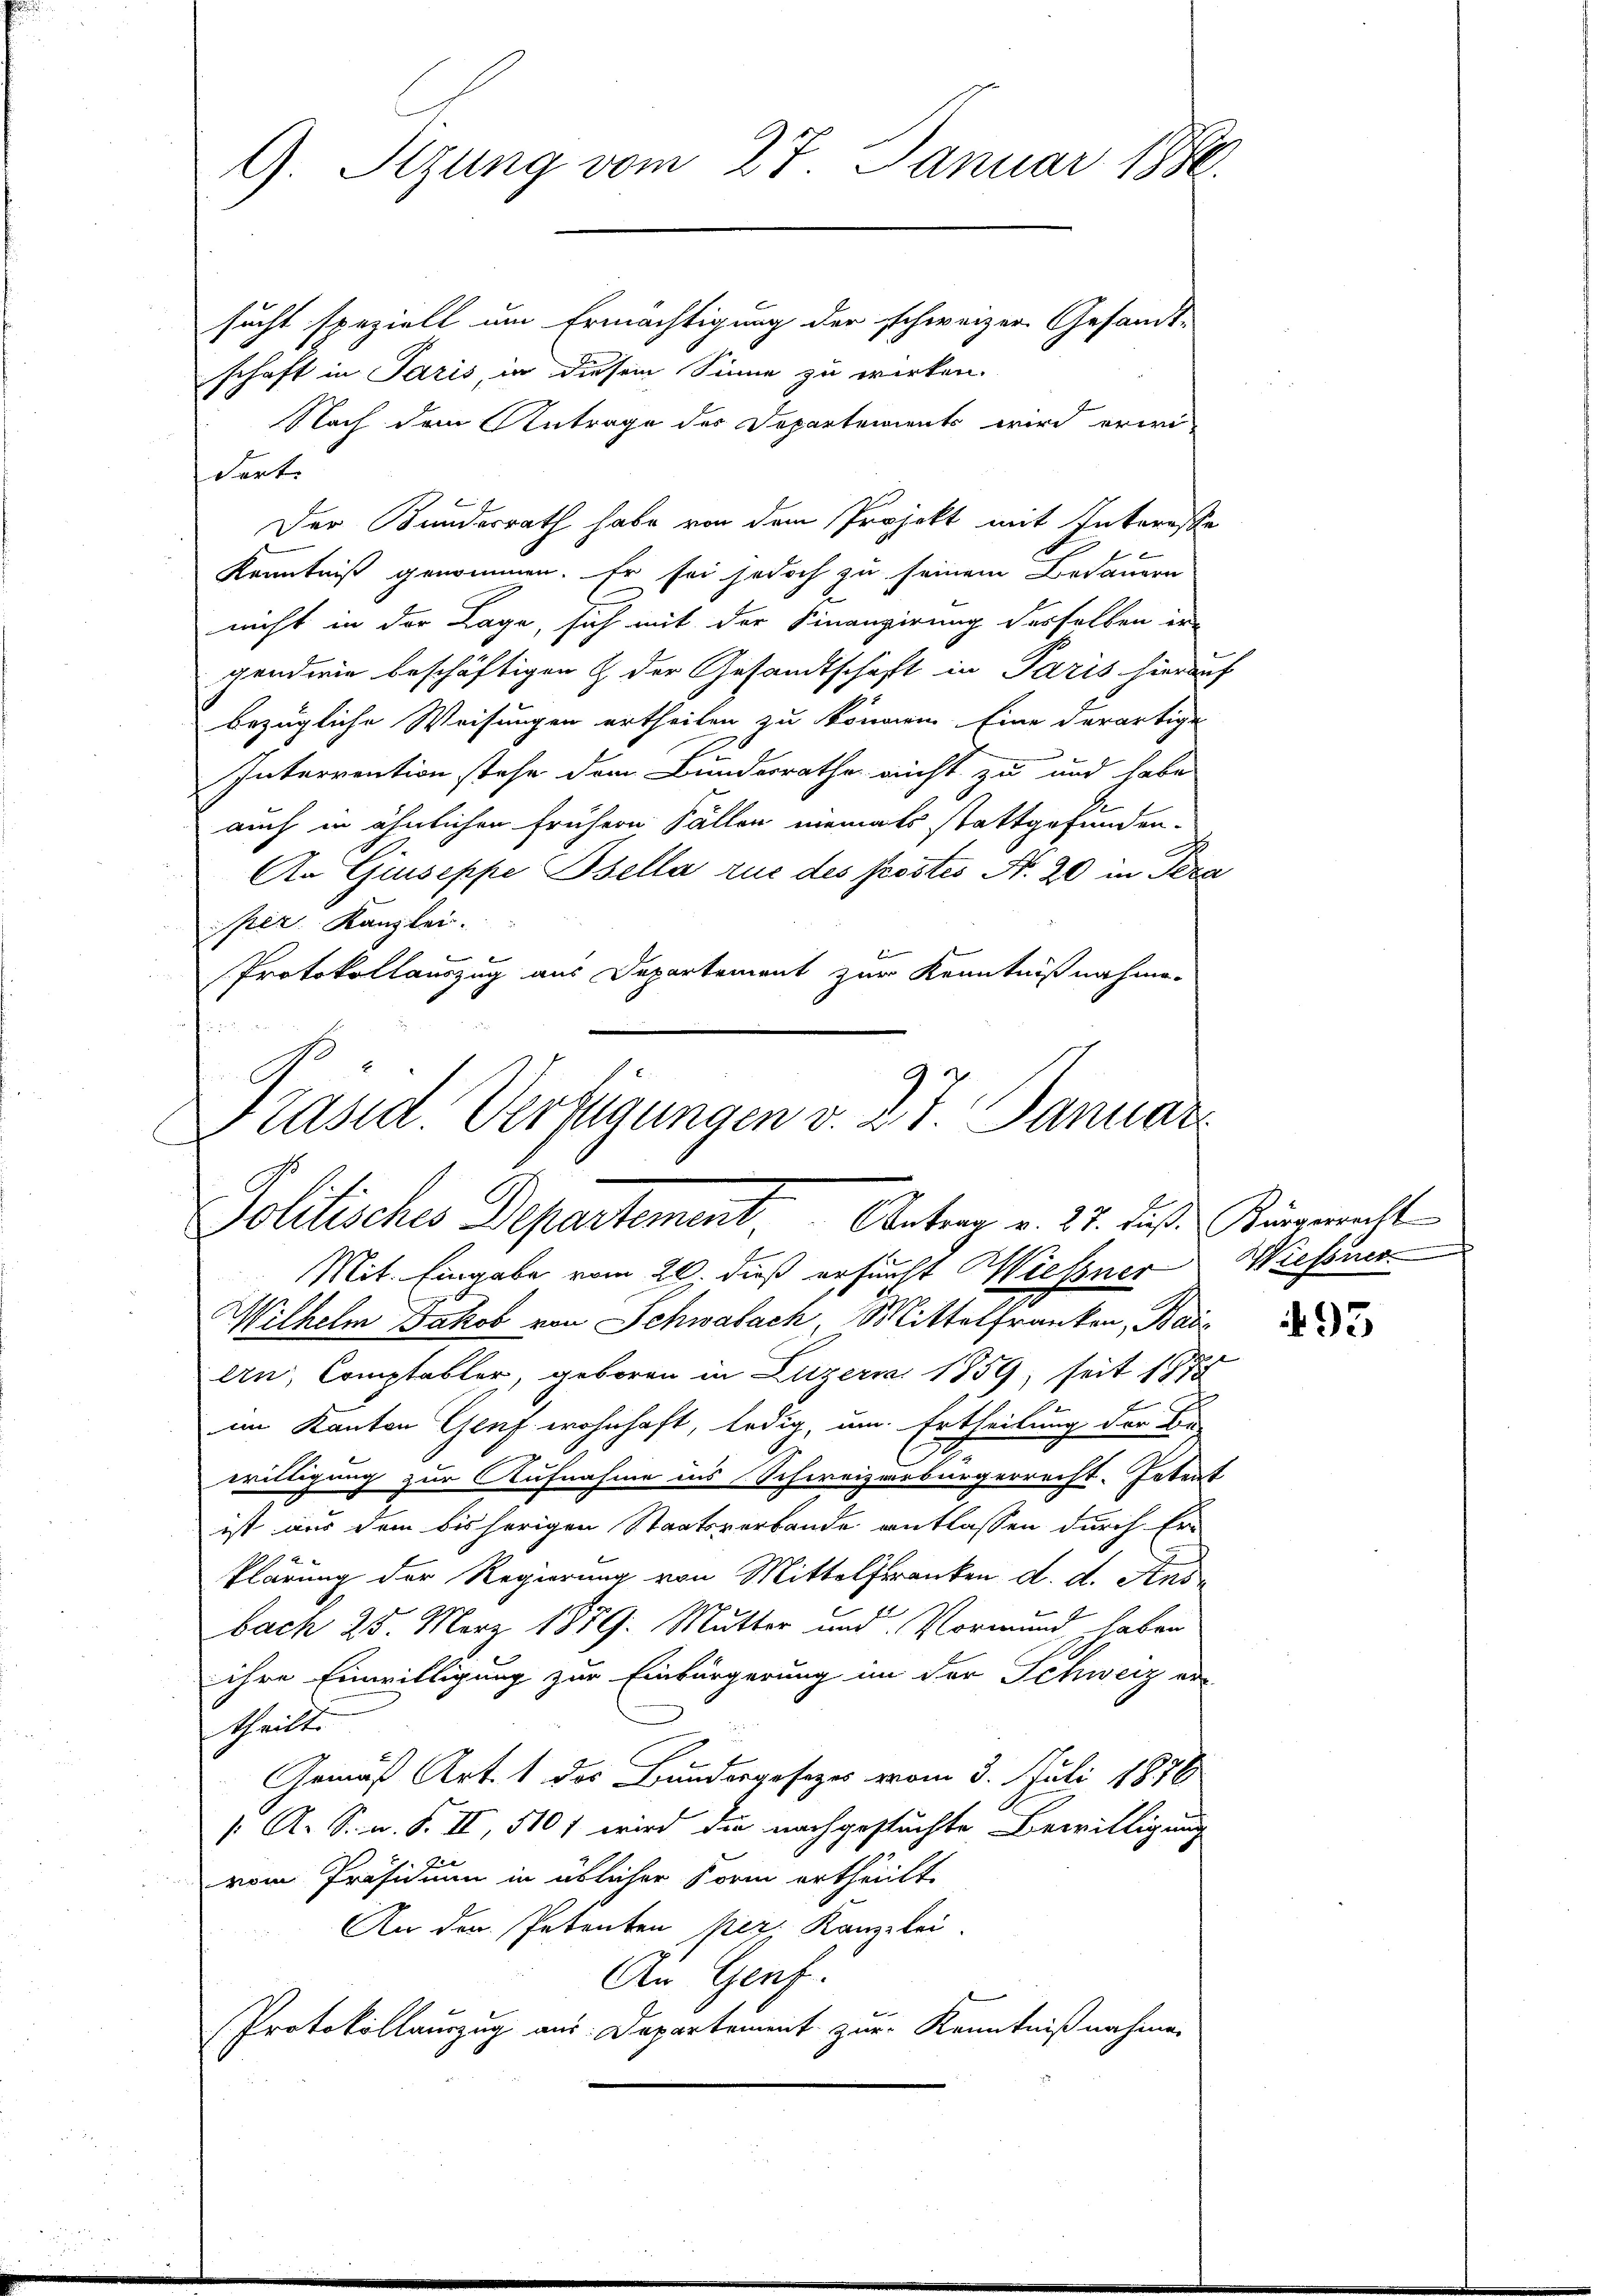
G. Sizung vom 27. Januar 1886.
sucht speziell um Ermächtigung der schweizer Gesandt-

schaft in Paris, in diesem Sinne zu wirken.
Nach dem Antrage des Departements wird erwidort
Der Bundesrath habe von dem Projekt mit Interesse
 f
Kenntniß genommen. Er sei jedoch zu seinem Bedauern
nicht in der Lage, sich mit der Finanzierung desselben ergendwie beschäftigen & der Gesandtschaft in Paris hierauf
bezügliche Weisungen ertheilen zu können Eine derartige
Interrention stehe dem Bundesrathe nicht zu und habe
auch in ähnlichen frühern Fällen niemals stattgefunden.
An Giuseppe Bsella rue des Postes N. 20 in Tera
per. Kanzlei.
Protokollauszug aus Departement zur Kenntnißnahme-

Präsid. Verfügungen v. 27. Januar
Politisches Departement. Antrag v. 22. des Kingewalt
Mit. Eingabe vom 20. dieß ersucht Wiessner

Wilhelm Jakob von Schwabach Mittelfranken, Bai
ern, Comptabler, geboren in Luzern 1859, seit 1874
im Kanton Genf wohnhaft, ledig, um Ertheilung der Be-
willigung zur Aufnahme ins Schweizerbürgerrecht. Potent
ist aus dem bisherigen Staatsverbande entlassen durch Er-
klärung der Regierung von Mittelfranken d. d. Ausb
bach 25. März 1859: Mutter und Vormund haben
ihre Einwilligung zur Einbürgerung im der Schweiz an
ttheilte
Gemäß Art. 1 des Bundergesezes vom 3. Juli 1876
 A. S. n. F. II, 510 f wird die nachgestüchte Bewilligung
vom Präsidium in üblicher Form ertheilt.
An der Petenten her, Kanzlei-
An Genf.
Protokollauszug aus Departement zur Kenntnißnahmen

Wiesner

495